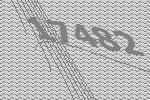
17482